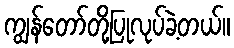
ကျွန်တော်တို့ပြုလုပ်ခဲ့တယ်။